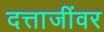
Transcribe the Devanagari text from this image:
दत्ताजींवर